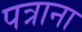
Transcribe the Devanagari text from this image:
पत्राना